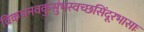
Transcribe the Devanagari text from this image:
विकचनवकुसुंभस्वच्छसिंदूरभासाः